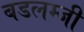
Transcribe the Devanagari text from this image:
बडलम्जी